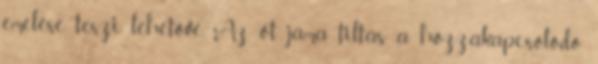
emelése teszi lehetővé. Az öt jama tiltás a hozzákapcsolódó